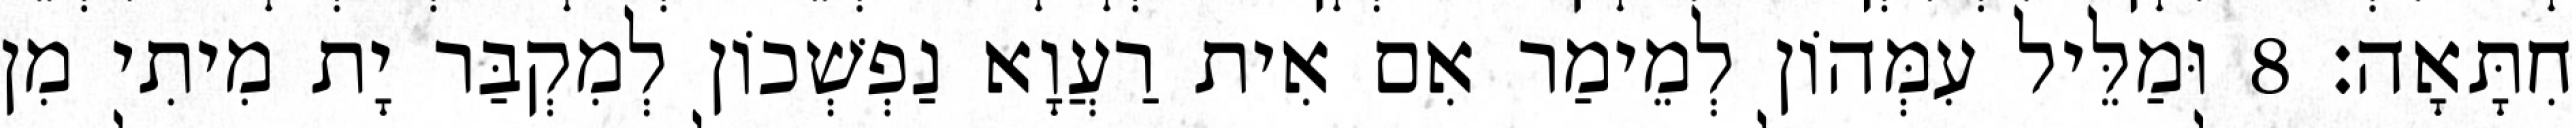
חִתָּאָה׃ 8 וּמַלֵּיל עִמְּהוֹן לְמֵימַר אִם אִית רַעֲוָא נַפְשְׁכוֹן לְמִקְבַּר יָת מִיתִי מִן